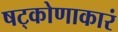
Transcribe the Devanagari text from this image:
षट्कोणाकारं